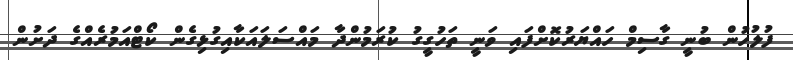
ފުލުހުން ބުނީ ގާސިމް ހައްޔަރުކޮށްފައި ވަނީ ތަހުގީގު ކުރަމުންދާ މައްސަލައަކާއިގުޅިގެން ކޯޓްއަމުރެެއްގެ ދަށުން